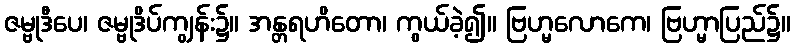
ဇမ္ဗုဒီပေ၊ ဇမ္ဗုဒိပ်ကျွန်း၌။ အန္တရဟိတော၊ ကွယ်ခဲ့၍။ ဗြဟ္မလောကေ၊ ဗြဟ္မာပြည်၌။